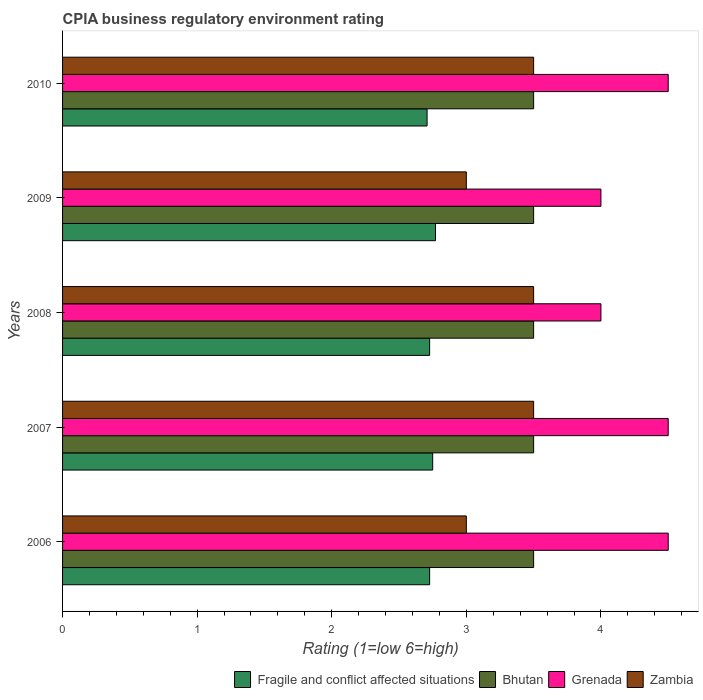
| Years | Fragile and conflict affected situations | Bhutan | Grenada | Zambia |
 | --- | --- | --- | --- | --- |
 | 2006 | 2.73 | 3.5 | 4.5 | 3 |
 | 2007 | 2.75 | 3.5 | 4.5 | 3.5 |
 | 2008 | 2.73 | 3.5 | 4 | 3.5 |
 | 2009 | 2.77 | 3.5 | 4 | 3 |
 | 2010 | 2.71 | 3.5 | 4.5 | 3.5 |